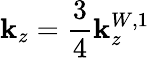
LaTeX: \mathbf{k}_{z}=\frac{{3}}{{4}}\mathbf{k}_{z}^{W,1}